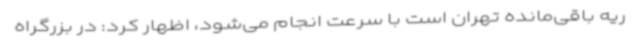
ریه باقی‌مانده تهران است با سرعت انجام می‌شود، اظهار کرد: در بزرگراه